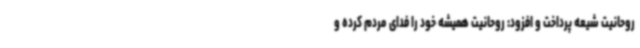
روحانیت شیعه پرداخت و افزود: روحانیت همیشه خود را فدای مردم کرده و